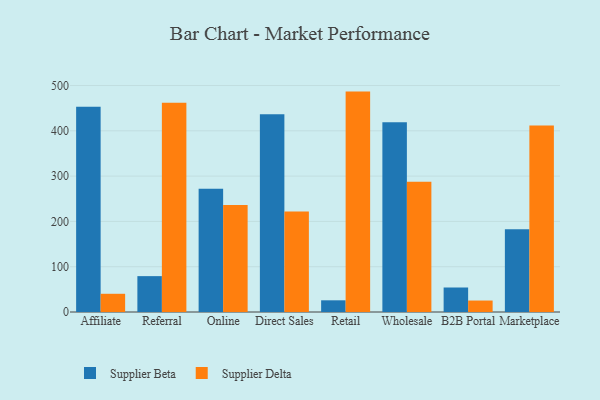
{"axis": {"x": "Channel", "y": "Demand Index"}, "legend": ["Supplier Beta", "Supplier Delta"], "data": [{"x": "Affiliate", "y": 453.2, "type": "Supplier Beta"}, {"x": "Affiliate", "y": 40.2, "type": "Supplier Delta"}, {"x": "Referral", "y": 79.2, "type": "Supplier Beta"}, {"x": "Referral", "y": 462.1, "type": "Supplier Delta"}, {"x": "Online", "y": 272.0, "type": "Supplier Beta"}, {"x": "Online", "y": 236.2, "type": "Supplier Delta"}, {"x": "Direct Sales", "y": 436.4, "type": "Supplier Beta"}, {"x": "Direct Sales", "y": 222.1, "type": "Supplier Delta"}, {"x": "Retail", "y": 25.8, "type": "Supplier Beta"}, {"x": "Retail", "y": 486.6, "type": "Supplier Delta"}, {"x": "Wholesale", "y": 419.1, "type": "Supplier Beta"}, {"x": "Wholesale", "y": 287.5, "type": "Supplier Delta"}, {"x": "B2B Portal", "y": 54.1, "type": "Supplier Beta"}, {"x": "B2B Portal", "y": 25.3, "type": "Supplier Delta"}, {"x": "Marketplace", "y": 182.7, "type": "Supplier Beta"}, {"x": "Marketplace", "y": 411.9, "type": "Supplier Delta"}]}